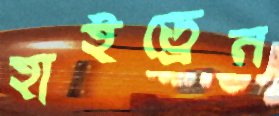
হাইড্রেন